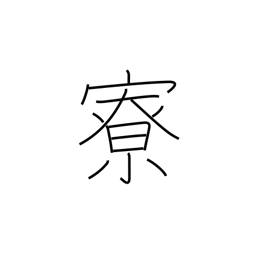
Meaning: tea pavillion